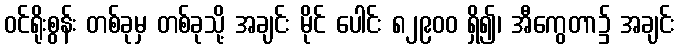
ဝင်ရိုးစွန်း တစ်ခုမှ တစ်ခုသို့ အချင်း မိုင် ပေါင်း ၈၂၉၀၀ ရှိ၍၊ အီကွေတာ၌ အချင်း